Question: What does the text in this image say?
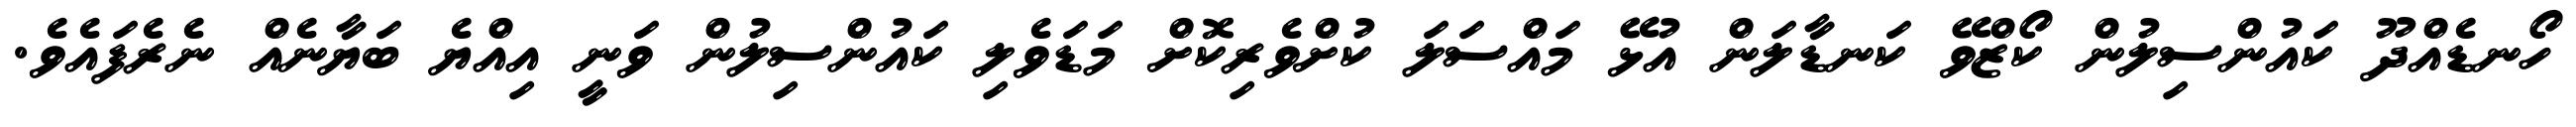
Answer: ހޯނޑެއްދޫ ކައުންސިލުން ކޯޒްވޭ ކަނޑާލަން އުޅޭ މައްސަލަ ކުށްވެރިކޮށް މަޑަވެލި ކައުންސިލުން ވަނީ އިއްޔެ ބަޔާނެއް ނެރެފައެވެ.